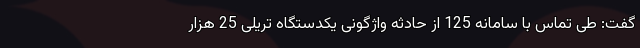
گفت: طی تماس با سامانه 125 از حادثه واژگونی یکدستگاه تریلی 25 هزار